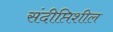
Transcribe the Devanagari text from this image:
संदीप्तिशील